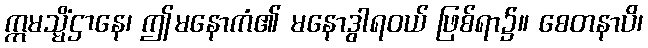
ဣမသ္မိံဌာနေ၊ ဤမနောကံ၏ မနောဒွါရဝယ် ဖြစ်ရာ၌။ စေတနာပိ၊